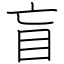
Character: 盲